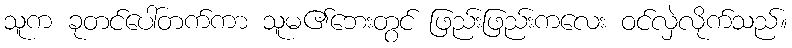
သူက ခုတင်ပေါ်တက်ကာ သူမ၏ဘေးတွင် ဖြည်းဖြည်းကလေး ဝင်လှဲလိုက်သည်။